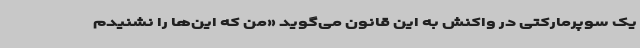
یک سوپرمارکتی در واکنش به این قانون می‌گوید «من که این‌ها را نشنیدم